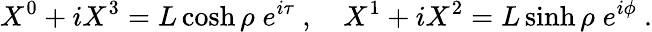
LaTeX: X^{0}+iX^{3}=L\cosh\rho\; e^{i\tau}\ ,\quad X^{1}+iX^{2}=L\sinh\rho\; e^{i\phi}\ .